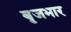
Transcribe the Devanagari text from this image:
बृजभार